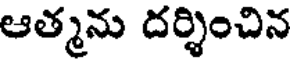
ఆత్మను దర్శించిన